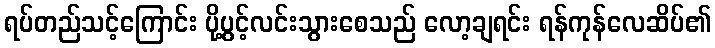
ရပ်တည်သင့်ကြောင်း ပို့ပွင့်လင်းသွားစေသည် လော့ချရင်း ရန်ကုန်လေဆိပ်၏